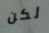
لكن